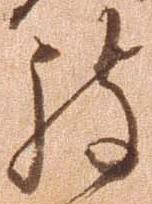
被